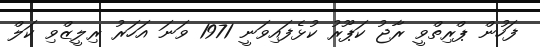
ފަހުން ޕްރިތްވީ ރާޖު ކަޕޫރު ކުޅެފައިވަނީ 1971 ވަނަ އަހަރު ރިލީޒްވި ކަލް